Martna_vallavalitsus, lk 44
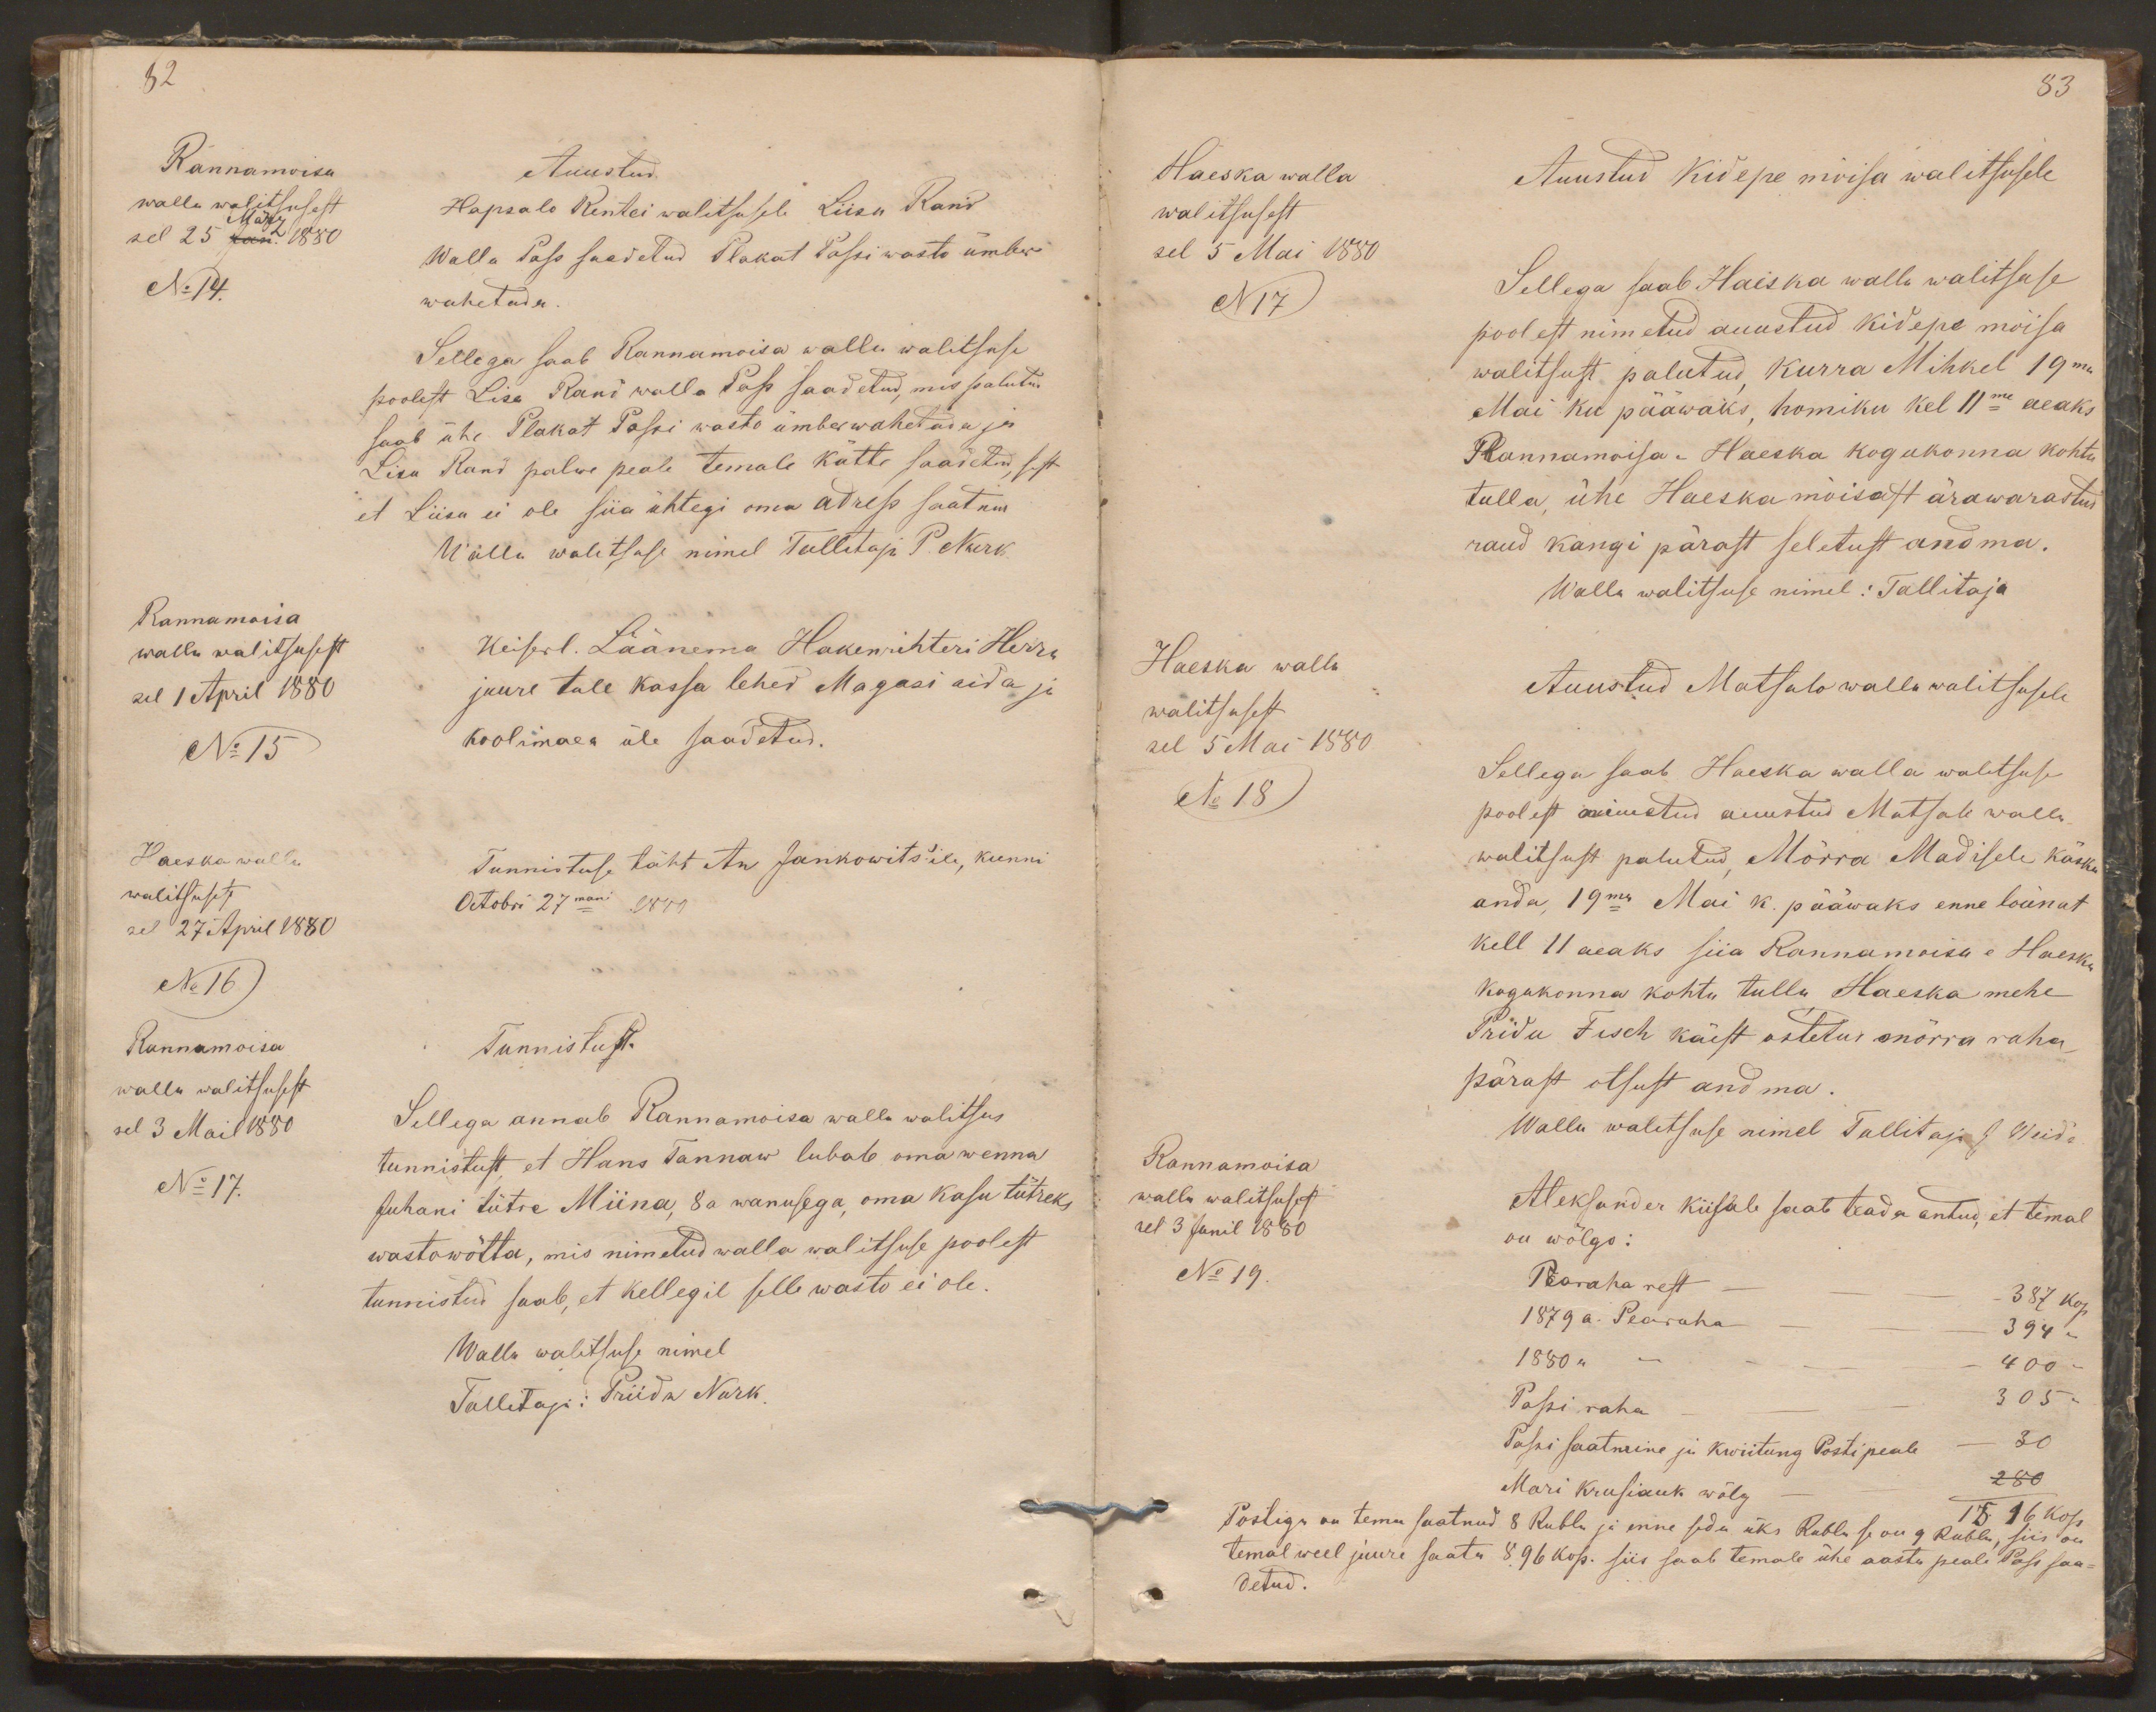
82
Rannamoisa
Auustud
walla walitsusest
Hapsalo Rentei walitsusele Liisa Rand
März
Walla Pass saadetud Plakat Passi wasto ümber
sel 25 Jan. 1880
No 14.
wahetada.
Sellega saab Rannamoisa walla walitsuse
poolest Lisa Rand walla Pass saadetud, mis palutud
saab ühe Plakat Passi wasto ümberwahetada ja
Lisa Rand palwe peale temale kätte saadetud, sest
et Liisa ei ole siia ühtegi oma adress saatnud
Walla walitsuse nimel Tallitaja P. Nurk.
Rannamoisa
walla walitsusest
Keiserl. Läänema Hakenrihteri Herra
sel 1 April 1880
juure tule kassa lehed Magasi aida ja
No 15
koolimaea üle saadetud.
Haeska walla
Tunnistuse täht An Jankowits'ile, kunni
walitsusest
Octobri 27mani 1880
sel 27 April 1880
No 16
Rannamoisa
Tunnistust.
walla walitsusest
sel 3 Mail 1880
Sellega annab Rannamoisa walla walitsus
tunnistust, et Hans Tannaw lubab oma wenna
No 17.
Juhani tütre Miina, 8 a wanusega, oma kasu tütreks
wastowõtta, mis nimetud walla walitsuse poolest
tunnistud saab, et kellegil selle wasto ei ole.
Walla walitsuse nimel
Tallitaja: Priidu Nurk.

83
Haeska walla
Auustud Kidepe mõisa walitsusele
walitsusest
sel 5 Mai 1880
N 17
Sellega saab Haeska walla walitsuse
poolest nimetud auustud Kidepe mõisa
walitsust palutud, Kurra Mihkel 19ma
Mai ku pääwaks, homiku kel 11me aeaks
Rannamoisa-Haeska kogukonna kohtu
tulla, ühe Haeska mõisast ärawarastud
raud kangi pärast seletust andma.
Walla walitsuse nimel: Tallitaja
Haeska walla
walitsusest
Auustud Matsalo walla walitsusele
sel 5 Mai 1880
Sellega saab Haeska walla walitsuse
No 18
poolest nimetud auustud Matsalo walla
walitsust palutud Mõrra Madisele käsku
anda, 19ma Mai k. pääwaks enne lõunat
kell 11 aeaks siia Rannamoisa e Haeska
kogukonna kohtu tulla Haeska mehe
Pridu Fisch käest ostetud mõrra raha
pärast otsust andma.
Rannamoisa
Walla walitsuse nimel Tallitaja J Weide
walla walitsusest
sel 3 Junil 1880
Aleksander Kiisale saab teada antud, et temal
on wõlgo:
No 19.
Pearaha rest - - - 387 kop.
1879 a. Pearaha - - - 394 "
1880 " - 400 "
Passi raha - - - 305 "
Passi saatmine ja kwiitung Posti peale - 30
Mari Krusiauk wõlg - - - 280
18 96 kop
Postiga on tema saatnud 8 Rubla ja enne seda üks Rubla se on 9 Rubla, siis on
temal weel juure saata 896 kop. siis saab temale ühe aasta peale Pass saa-
detud.